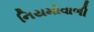
નિયમોવાળી